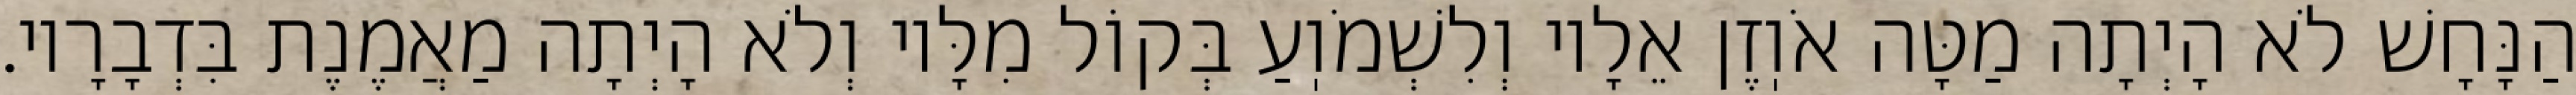
הַנָּחָשׁ לֹא הָיְתָה מַטָּה אֹוֽזֶן אֵלָיו וְלִשְׁמֹוֽעַ בְּקוֹל מִלָּיו וְלֹא הָיְתָה מַאֲמֶנֶת בִּדְבָרָיו.